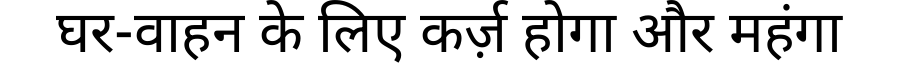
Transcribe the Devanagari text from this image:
घर-वाहन के लिए कर्ज़ होगा और महंगा